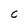
Character: C